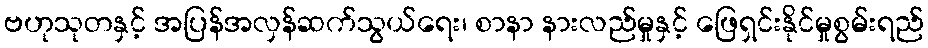
ဗဟုသုတနှင့် အပြန်အလှန်ဆက်သွယ်ရေး၊ စာနာ နားလည်မှုနှင့် ဖြေရှင်းနိုင်မှုစွမ်းရည်